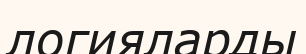
логияларды